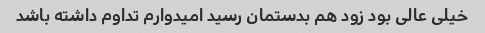
خیلی عالی بود زود هم بدستمان رسید امیدوارم تداوم داشته باشد